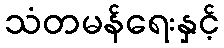
သံတမန်ရေးနှင့်